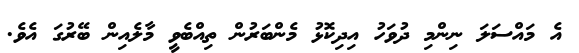
އެ މައްސަލަ ނިންމި ދުވަހު އިިދިކޮޅު މެންބަރުން ތިއްބެވީ މާލެއިން ބޭރުގަ އެވެ.